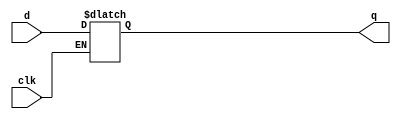
`timescale 1ns / 1ps
//////////////////////////////////////////////////////////////////////////////////
// Company: 
// Engineer: 
// 
// Design Name: 
// Module Name: d_latch
// Project Name: 
// Target Devices: 
// Tool Versions: 
// Description: 
// 
// Dependencies: 
// 
// Revision:
// Revision 0.01 - File Created
// Additional Comments:
// 
//////////////////////////////////////////////////////////////////////////////////


module d_latch(
    input clk,
    input d,
    output reg q
    );
    
    always @(clk or d)
    begin
        if(clk)
            q <= d;
    end
endmodule